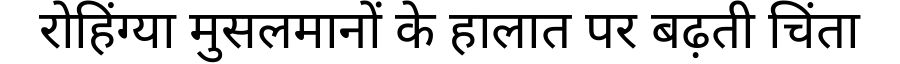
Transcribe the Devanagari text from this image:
रोहिंग्या मुसलमानों के हालात पर बढ़ती चिंता